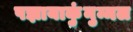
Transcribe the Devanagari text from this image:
पझायाकुंनुम्मल